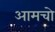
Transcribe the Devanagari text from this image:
आमचो